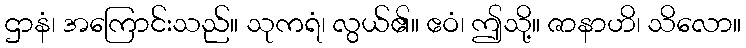
ဌာနံ၊ အကြောင်းသည်။ သုကရံ၊ လွယ်၏။ ဧဝံ၊ ဤသို့။ ဇာနာဟိ၊ သိလော။